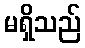
မရှိသည်